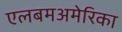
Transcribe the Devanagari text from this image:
एलबमअमेरिका